Vabadussoja_Ajaloo_Komitee, lk 32
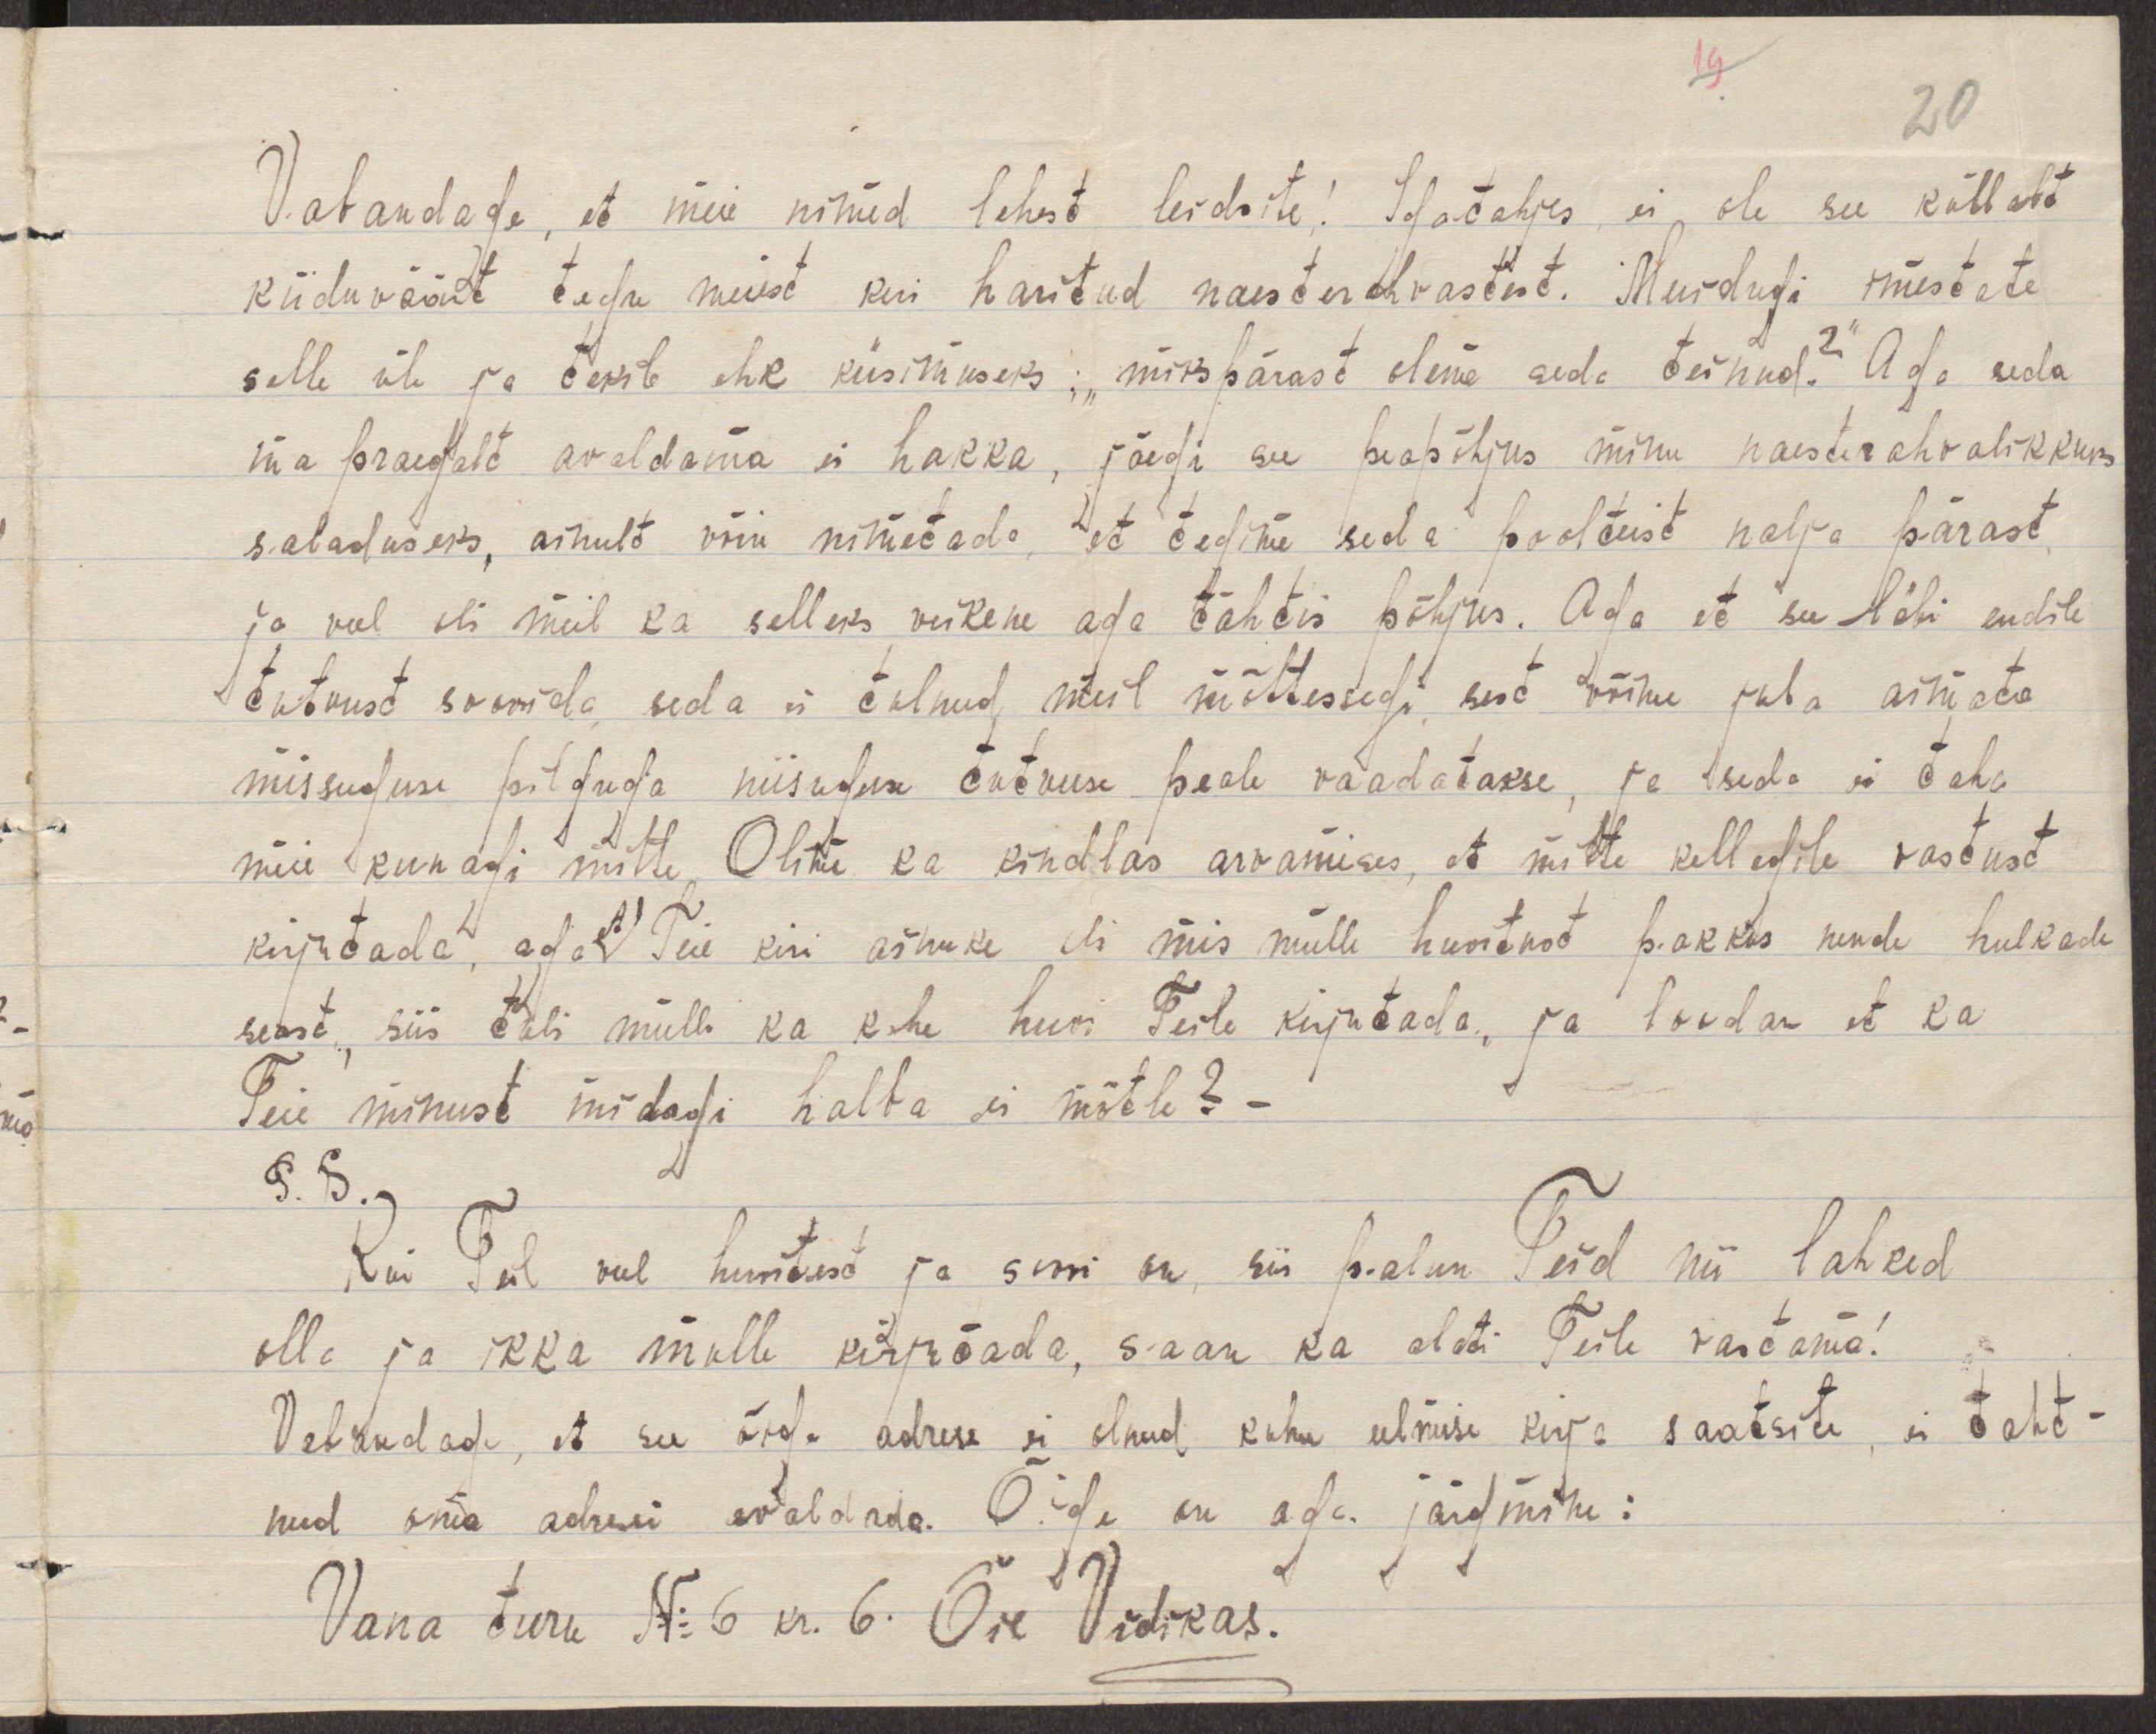
19

20

Vabandage, et meie nimed lehest leidsite! Igatahjes, ei ole see küllalt
kiiduväärt tegu meiest kui haritud naesterahvastest. Muidugi imestate
selle üle ja tekib ehk küsimuseks: "mikspärast oleme seda teinud?" Aga seda
ma praegalt avaldama ei hakka, jäegi see peapõhjus minu naesterahvalikkuks
saladuseks, ainult võin nimetada, et tegime seda poolteist nalja pärast
ja veel oli meil ka selleks veikene aga tähtis põhjus. Aga et see läbi endile
tutvust soowida, seda ei tulnud meil mõttessegi, sest võime juba aimata
missuguse pilguga niisuguse tutvuse peale vaadatakse, ja seda ei taha
meie kunagi mitte. Olime ka kindlas arvamises, et mitte kellegile vastust
kirjutada, aga et Teie kiri ainuke oli mis mulle huvitust pakkus nende hulkade
seast, siis tuli mulle ka kohe huvi Teile kirjutada, ja loodan et ka
Teie minust midagi halba ei mõtle? -
P.S.
Kui Teil veel huvitust ja soovi on, siis palun Teid nii lahked
olla ja ikka mulle kirjutada, saan ka alati Teile vastama!
Vabandage, et see õige adress ei olnud kuhu eelmise kirja saatsite, ei taht-
nud oma adressi avaldada. Õige on aga järgmine:
Vana Turu No 6 kr. 6. Õie Vidikas.